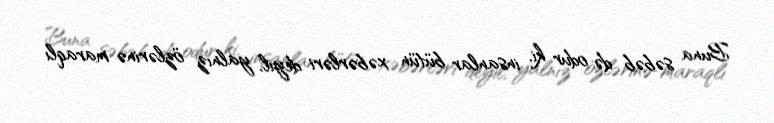
Buna səbəb də odur ki, insanlar bütün xəbərləri deyil, yalnız özlərinə maraqlı